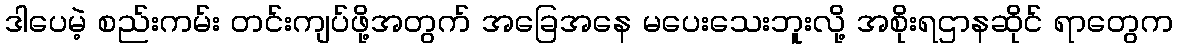
ဒါပေမဲ့ စည်းကမ်း တင်းကျပ်ဖို့အတွက် အခြေအနေ မပေးသေးဘူးလို့ အစိုးရဌာနဆိုင် ရာတွေက